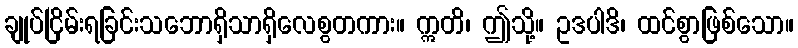
ချုပ်ငြိမ်းရခြင်းသဘောရှိသာရှိလေစွတကား။ ဣတိ၊ ဤသို့။ ဥဒပါဒိ၊ ထင်စွာဖြစ်သော။